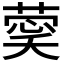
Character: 𮐔